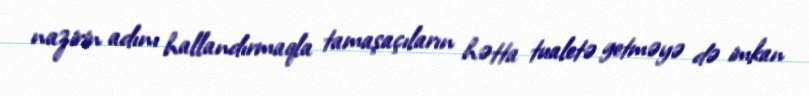
nazirin adını hallandırmaqla tamaşaçıların hətta tualetə getməyə də imkan